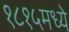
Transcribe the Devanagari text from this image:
१८१५मध्ये